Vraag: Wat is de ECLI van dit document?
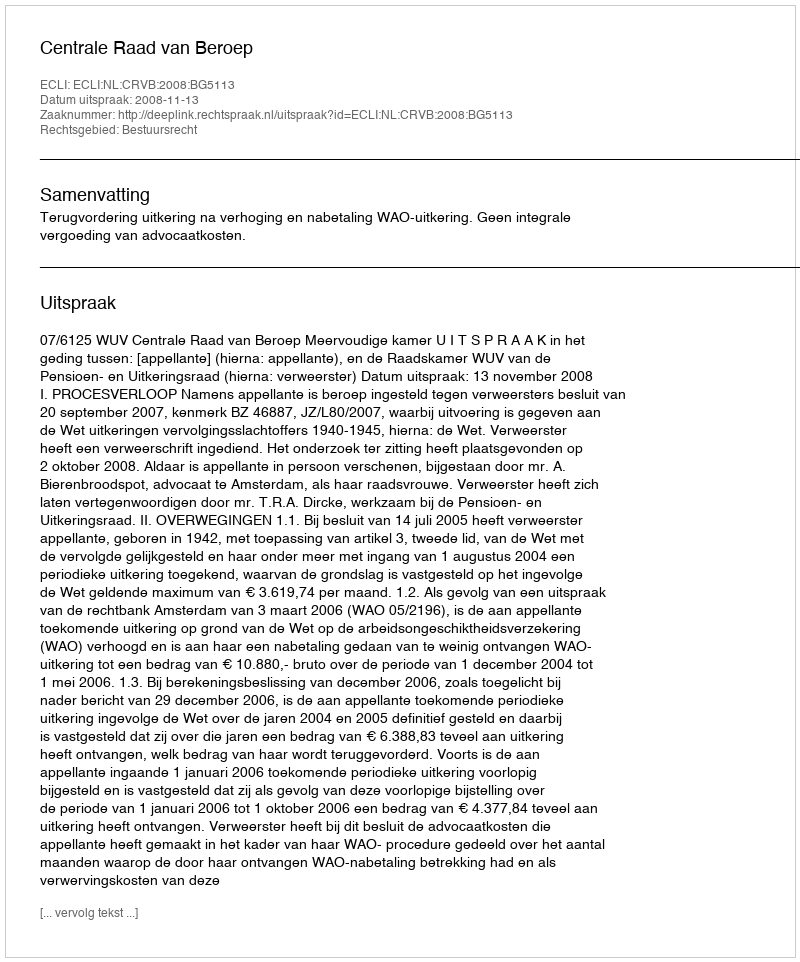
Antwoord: ECLI:NL:CRVB:2008:BG5113